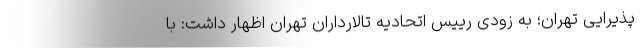
پذیرایی تهران؛ به زودی رییس اتحادیه تالارداران تهران اظهار داشت: با